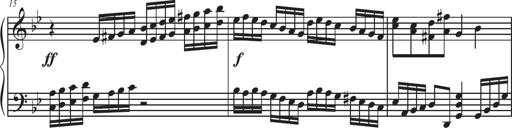
Title: Sonatina Espania
Composer: Jerald Franklin Archer
Key: Various